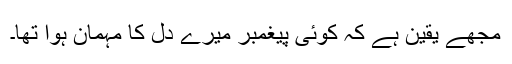
مجھے یقین ہے کہ کوئی پیغمبر میرے دل کا مہمان ہوا تھا۔